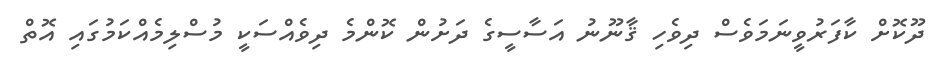
ދޫކޮށް ކާފަރުވީނަމަވެސް ދިވެހި ޤާނޫނު އަސާސީގެ ދަށުން ކޮންމެ ދިވެއްސަކީ މުސްލިމެއްކަމުގައި އޮތް